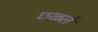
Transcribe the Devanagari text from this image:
छळले